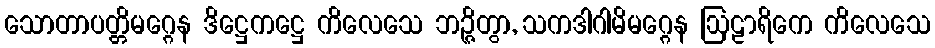
သောတာပတ္တိမဂ္ဂေန ဒိဋ္ဌေကဋ္ဌေ ကိလေသေ ဘဉ္ဇိတွာ, သကဒါဂါမိမဂ္ဂေန ဩဠာရိကေ ကိလေသေ